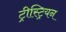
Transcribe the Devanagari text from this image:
ट्रीस्ट्रियन